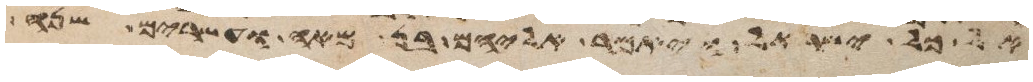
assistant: כל ישראל ויאמר אליהם בן מאה ועשרים שנה